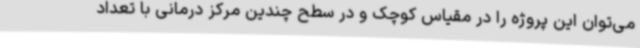
می‌توان این پروژه را در مقیاس کوچک و در سطح چندین مرکز درمانی با تعداد